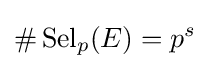
\#\operatorname {Sel} _{p}(E)=p^{s}